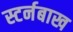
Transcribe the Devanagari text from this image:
स्टर्नबाख